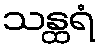
သန္ထရံ